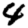
Digit: 4